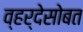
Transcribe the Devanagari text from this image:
व्हर्देसोबत